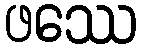
ဖဿေ